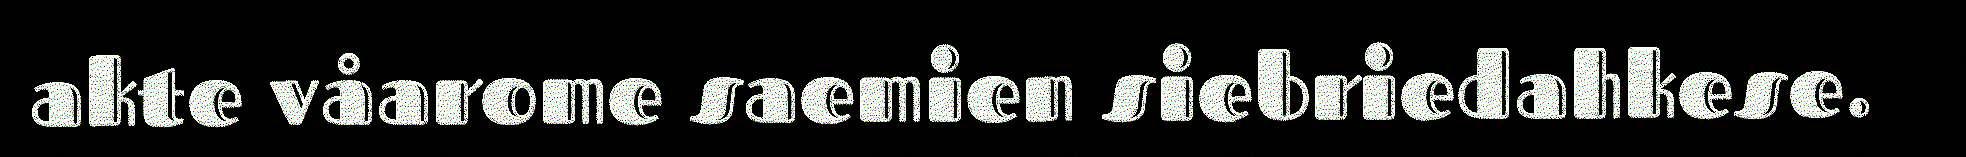
akte våarome saemien siebriedahkese.